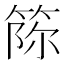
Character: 𥭫